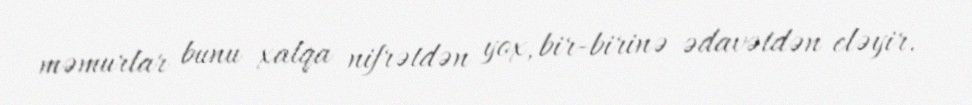
məmurlar bunu xalqa nifrətdən yox, bir-birinə ədavətdən eləyir.